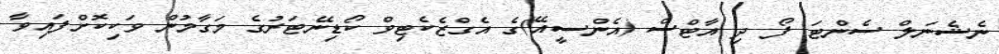
ނެޝެނަލް ސެންޓަ ފޯ ދި އާޓްސް (އެންސީއޭ)ގެ އެގްޒެކެޓިވް ކޯޑިނޭޓަރުގެ މަގާމުން ވަކިކޮށްފައިވާ